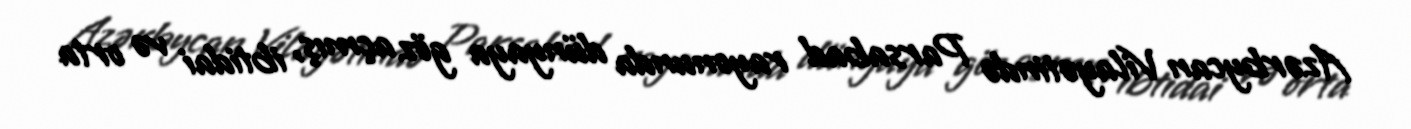
Azərbycan Vilayətində Parsabad rayonunda dünyaya göz açmış, ibtidai və orta